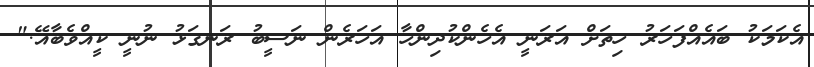
އެކަމަކު ބައެއްފަހަރު ހިތަށް އަރަނީ އެހެންކުދިންހާ އަހަރެން ނަސީބު ރަނގަޅު ނުނީ ކީއްވެބާއޭ."